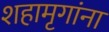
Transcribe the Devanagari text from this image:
शहामृगांना